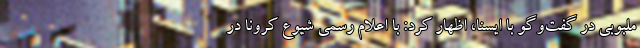
ملبوبی در گفت‌وگو با ایسنا، اظهار کرد: با اعلام رسمی شیوع کرونا در